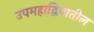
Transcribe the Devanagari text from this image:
उपमहाद्विपातील